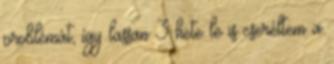
problémát, így lassan 3 hete le is cseréltem a